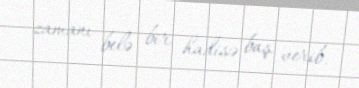
zamanı belə bir hadisə baş verib.